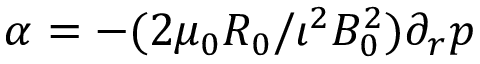
\alpha = - ( 2 \mu _ { 0 } R _ { 0 } / \iota ^ { 2 } B _ { 0 } ^ { 2 } ) \partial _ { r } p